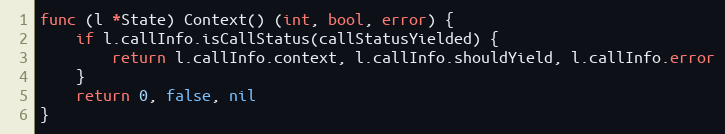
Language: Go
func (l *State) Context() (int, bool, error) {
	if l.callInfo.isCallStatus(callStatusYielded) {
		return l.callInfo.context, l.callInfo.shouldYield, l.callInfo.error
	}
	return 0, false, nil
}